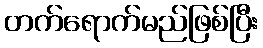
တက်ရောက်မည်ဖြစ်ပြီး